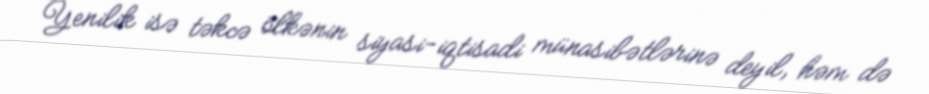
Yenilik isə təkcə ölkənin siyasi-iqtisadi münasibətlərinə deyil, həm də